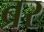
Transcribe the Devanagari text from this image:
ब्रर